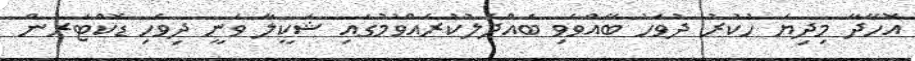
އޮހޭދާ މިިދިޔަ ހުކުރު ދުވަހު ބޭއްވެވި ބައްދަލުކުރެއްވުމުގައި ޝަކީލާ ވަނީ ދިވެހި ޑޮކްޓަރުން